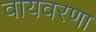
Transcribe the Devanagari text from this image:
वायवरणा